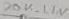
Text: 20K_LIN